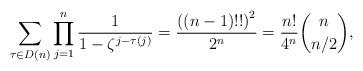
LaTeX: \begin{align*}\sum_{\tau \in D(n)} \prod_{j=1}^{n} \dfrac{1}{1-\zeta^{j-\tau(j)}}=\dfrac{\left( \left( n-1\right) !!\right) ^{2}}{2^n}=\dfrac{n!}{4^n}\binom{n}{n/2},\end{align*}